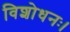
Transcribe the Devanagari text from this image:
विशोधनः।